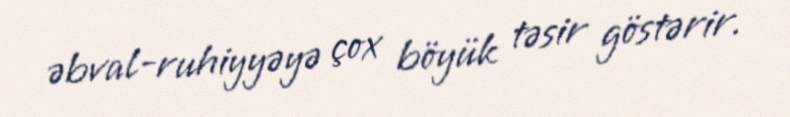
əbval-ruhiyyəyə çox böyük təsir göstərir.